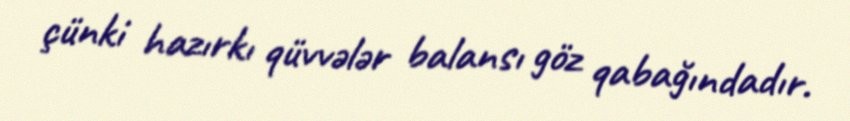
çünki hazırkı qüvvələr balansı göz qabağındadır.